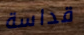
قداسة